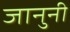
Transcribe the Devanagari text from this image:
जानुनी